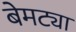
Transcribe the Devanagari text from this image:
बेमट्या